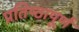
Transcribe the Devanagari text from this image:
प्रतिष्‍ठापूर्ण